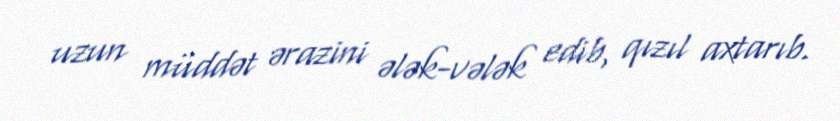
uzun müddət ərazini ələk-vələk edib, qızıl axtarıb.